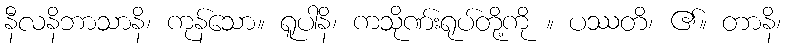
နီလနိဘာသာနိ၊ ကုန်သော။ ရူပါနိ၊ ကသိုဏ်းရုပ်တို့ကို ။ ပဿတိ၊ ၏။ တာနိ၊